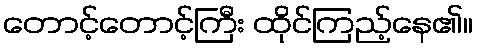
တောင့်တောင့်ကြီး ထိုင်ကြည့်နေ၏။